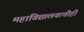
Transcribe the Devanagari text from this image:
महाविद्यालयाचीही